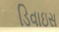
ડિવાઇસ